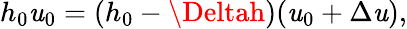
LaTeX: h_{0}\mathit{u}_{0}=(h_{0}-\Deltah)(\mathit{u}_{0}+\Delta\mathit{u}),